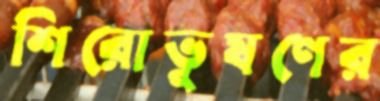
শিরোভূষণের